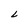
Character: L